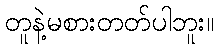
တူနဲ့မစားတတ်ပါဘူး။